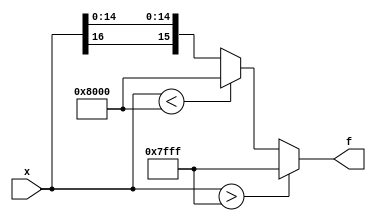
`timescale 1ns / 1ps

module Activation_function(//3piecewise linear approximation of the tanh function
    input wire [16:0] x,
	output wire [15:0] f
);

assign f = func_tanh(x);

function [15: 0] func_tanh(input [16:0] x_in_func);
	begin
		if( $signed(x_in_func) > $signed({1'b0, 16'h7FFF}))begin
			func_tanh = 16'h7FFF;
		end else if( $signed(x_in_func) < $signed({1'b1, 16'h8000}))begin
			func_tanh = $signed(16'h8000);
		end else begin
			func_tanh = $signed({x_in_func[16], x_in_func[14:0]});
		end
	end
endfunction

endmodule